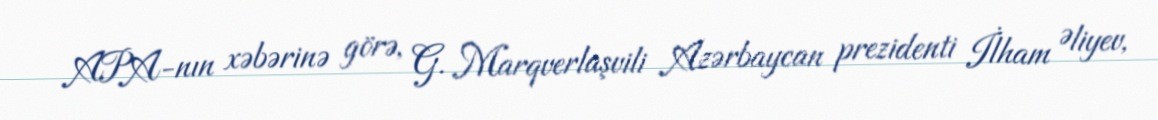
APA-nın xəbərinə görə, G. Marqverlaşvili Azərbaycan prezidenti İlham Əliyev,